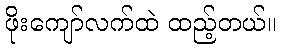
ဖိုးကျော်လက်ထဲ ထည့်တယ်။